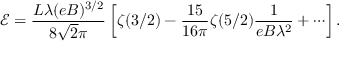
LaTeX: \mathcal { E } = \frac { L \lambda ( e B ) ^ { 3 / 2 } } { 8 \sqrt { 2 } \pi } \left[ \zeta ( 3 / 2 ) - \frac { 1 5 } { 1 6 \pi } \zeta ( 5 / 2 ) \frac { 1 } { e B \lambda ^ { 2 } } + \cdots \right] .